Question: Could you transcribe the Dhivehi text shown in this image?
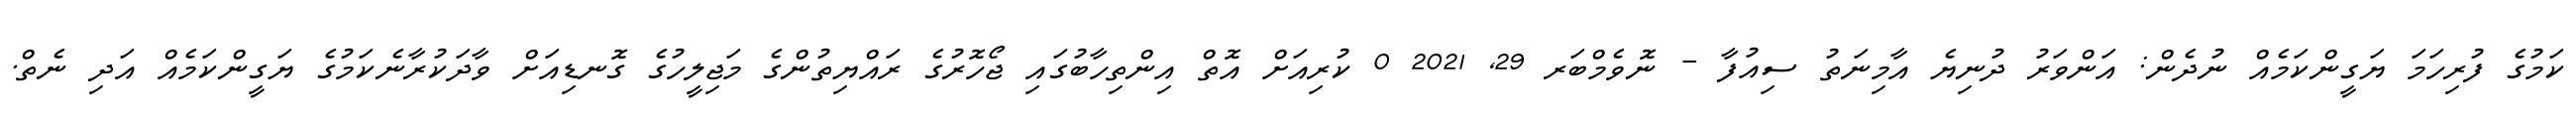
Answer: ކަމުގެ ފުރިހަމަ ޔަގީންކަމެއް ނުދެން: އަންވަރު ދުނިޔެ އާމިނަތު ސިއުފާ - ނޮވެމްބަރ 29, 2021 0 ކުރިއަށް އޮތް އިންތިހާބުގައި ޖޯހޮރުގެ ރައްޔިތުންގެ މަޖިލީހުގެ ގޮނޑިއަށް ވާދަކުރާނެކަމުގެ ޔަގީންކަމެއް އަދި ނެތް.